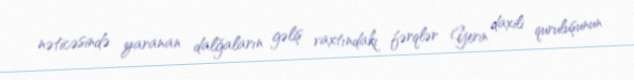
nəticəsində yaranan dalğaların gəliş vaxtındakı fərqlər Yerin daxili quruluşunun